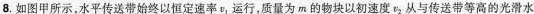
8.如图甲所示，水平传送带始终以恒定速率v_{1}运行，质量为m的物块以初速度v_{2}从与传送带等高的光滑水